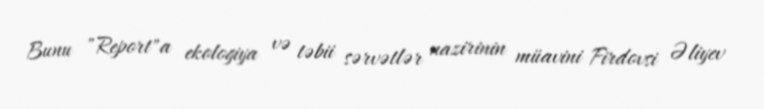
Bunu "Report"a ekologiya və təbii sərvətlər nazirinin müavini Firdovsi Əliyev